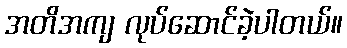
အတိအကျ လုပ်ဆောင်ခဲ့ပါတယ်။